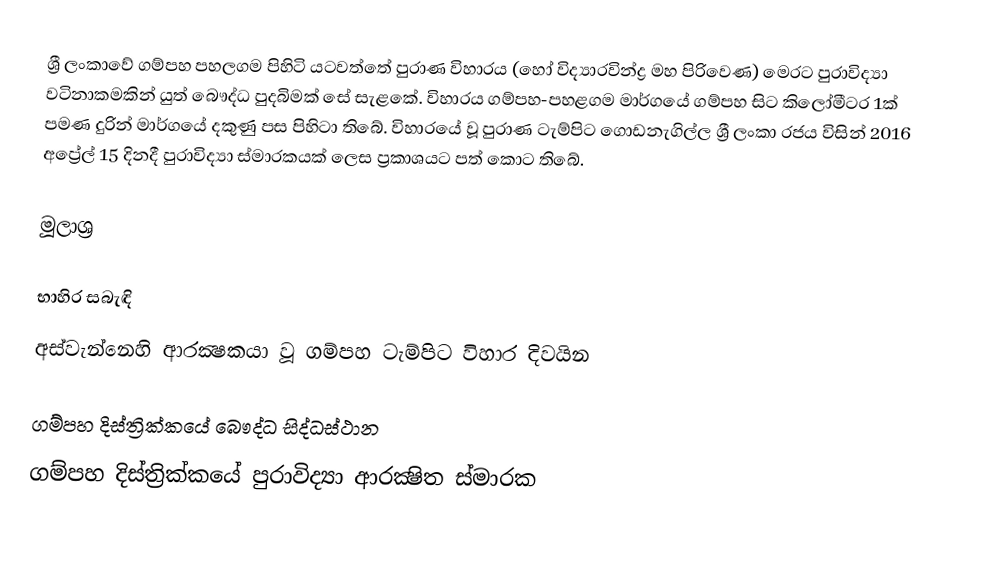
ශ්‍රී ලංකාවේ ගම්පහ පහලගම පිහිටි යටවත්තේ පුරාණ විහාරය (හෝ විද්‍යාරවින්ද්‍ර මහ පිරිවෙණ) මෙරට පුරාවිද්‍යා වටිනාකමකින් යුත් බෞද්ධ පුදබිමක් සේ සැළකේ. විහාරය ගම්පහ-පහළගම මාර්ගයේ ගම්පහ සිට කිලෝමීටර 1ක් පමණ දුරින් මාර්ගයේ දකුණු පස පිහිටා තිබේ. විහාරයේ වූ පුරාණ ටැම්පිට ගොඩනැගිල්ල ශ්‍රී ලංකා රජය විසින් 2016 අප්‍රේල් 15 දිනදී පුරාවිද්‍යා ස්මාරකයක් ලෙස ප්‍රකාශයට පත් කොට තිබේ.

මූලාශ්‍ර

භාහිර සබැඳි
 අස්‌වැන්නෙහි ආරක්‍ෂකයා වූ ගම්පහ ටැම්පිට විහාර දිවයින

ගම්පහ දිස්ත්‍රික්කයේ බෞද්ධ සිද්ධස්ථාන‎
ගම්පහ දිස්ත්‍රික්කයේ පුරාවිද්‍යා ආරක්‍ෂිත ස්මාරක